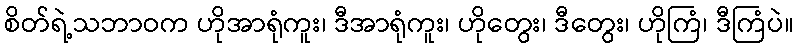
စိတ်ရဲ့သဘာဝက ဟိုအာရုံကူး၊ ဒီအာရုံကူး၊ ဟိုတွေး၊ ဒီတွေး၊ ဟိုကြံ၊ ဒီကြံပဲ။